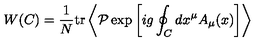
W ( C ) = { \frac { 1 } { N } } \mathrm { t r } \left\langle { \cal P } \exp \left[ i g \oint _ { C } d x ^ { \mu } A _ { \mu } ( x ) \right] \right\rangle